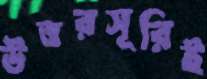
উত্তরসূরিই